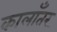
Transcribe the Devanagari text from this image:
कालाँतर